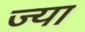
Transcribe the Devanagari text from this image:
ज्‍या